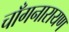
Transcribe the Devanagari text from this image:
चाँगनारायण